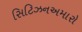
સિટિઝનઅમારો